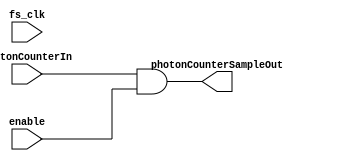
module photonCounterSampler(
input photonCounterIn,//The TTL pulse directly from the GPIO connected to the external Photon Counter module.
input fs_clk, //Sampling clock based on user-defined sampling frequency. Used to sample the counter.
input enable, //The enable line will be connected to the t_int timer.
output photonCounterSampleOut //Sampled Photon Counter.
    );
    
always @ (fs_clk) begin
    photonCounterSampleOut = photonCounterIn & enable; //Ensures that the Photon Counter is only sampled when the integration timer is ON and the fs_clk is ON.
end
endmodule